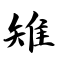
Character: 雉